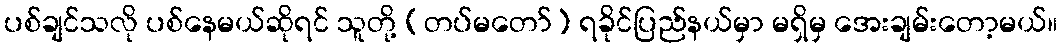
ပစ်ချင်သလို ပစ်နေမယ်ဆိုရင် သူတို့ (တပ်မတော်) ရခိုင်ပြည်နယ်မှာ မရှိမှ အေးချမ်းတော့မယ်။